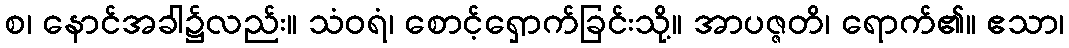
စ၊ နောင်အခါ၌လည်း။ သံဝရံ၊ စောင့်ရှောက်ခြင်းသို့။ အာပဇ္ဇတိ၊ ရောက်၏။ ဧသာ၊